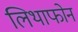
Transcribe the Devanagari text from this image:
लिथाफोन